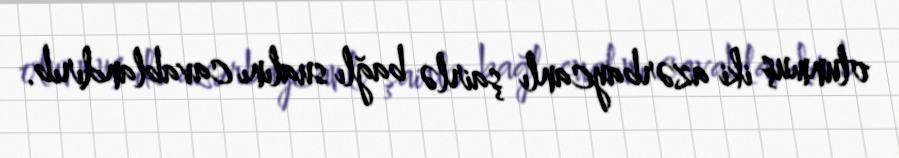
olunmuş iki azərbaycanlı şairlə bağlı sualını cavablandırıb.